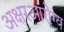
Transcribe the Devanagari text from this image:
अक्षरआरोग्य